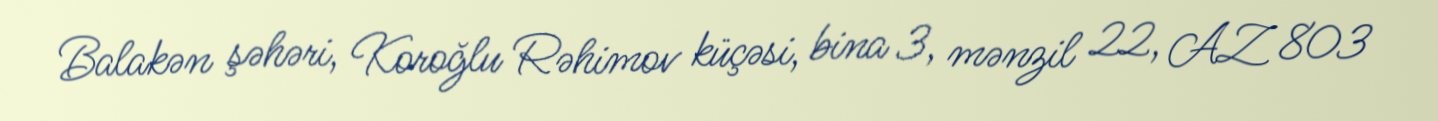
Balakən şəhəri, Koroğlu Rəhimov küçəsi, bina 3, mənzil 22, AZ 803